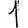
Digit: 1